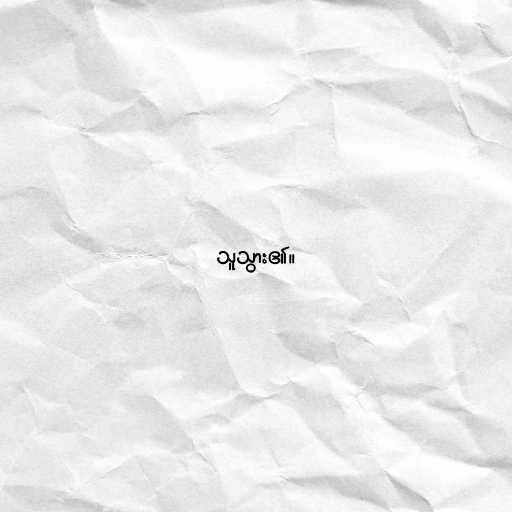
သူသွား၏။